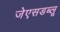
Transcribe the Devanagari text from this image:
जेएसडब्लू